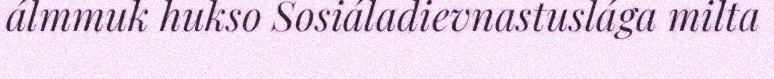
álmmuk hukso Sosiáladievnastuslága milta